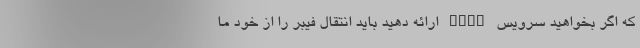
که اگر بخواهید سرویس VDSL ارائه دهید باید انتقال فیبر را از خود ما